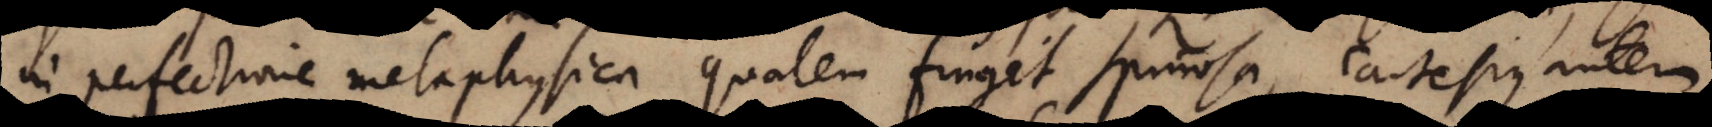
in perfectione metaphysica qualem fingit Spinosa, Cartesius autem